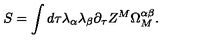
S = \int d \tau \lambda _ { \alpha } \lambda _ { \beta } \partial _ { \tau } Z ^ { M } \Omega _ { M } ^ { \alpha \beta } .